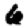
Digit: 6